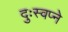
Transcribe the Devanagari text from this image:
दुःस्वप्ने